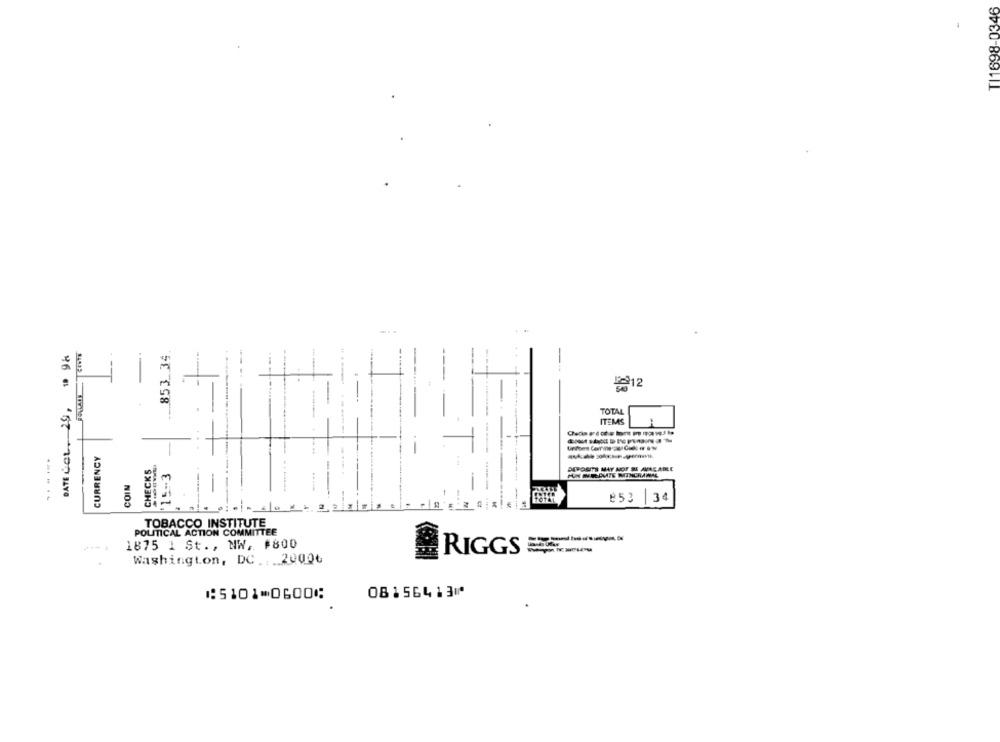
TI1698-0346
-..
853.34
--.
DATE COL, 29,
TOTAL
ITEMS
CURRENCY
......
CHECKS
DEPOSITS MAY NOT BE ANACARLE
M
PUN MRLAVIE MINERAWAL
COIN
253 |34
TOBACCO INSTITUTE
POLITICAL ACTION COMMITTEE
1875 1 St ., NW, #800
BRIGGS
Washington, DC ... 2000₺
08156413⑈
⑆5101⑉0600⑆